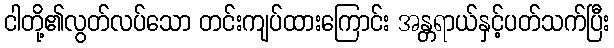
ငါတို့၏လွတ်လပ်သော တင်းကျပ်ထားကြောင်း အန္တရာယ်နှင့်ပတ်သက်ပြီး